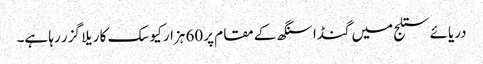
دریائے ستلج میں گنڈا سنگھ کے مقام پر 60 ہزار کیوسک کا ریلا گزر رہا ہے۔